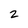
Character: 2